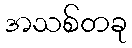
အသစ်တခု